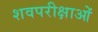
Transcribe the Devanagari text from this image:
शवपरीक्षाओं